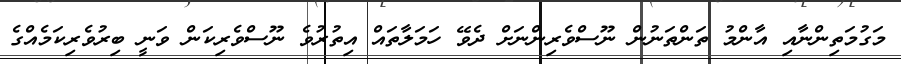
މަގުމަތިންނާއި އާންމު ތަންތަނުން ނޫސްވެރިންނަށް ދެވޭ ހަމަލާތައް އިތުރުވެ ނޫސްވެރިކަން ވަނީ ބިރުވެރިކަމެއްގެ